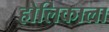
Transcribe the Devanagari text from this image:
होलिकाला